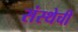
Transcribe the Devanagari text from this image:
संस्‍थेची